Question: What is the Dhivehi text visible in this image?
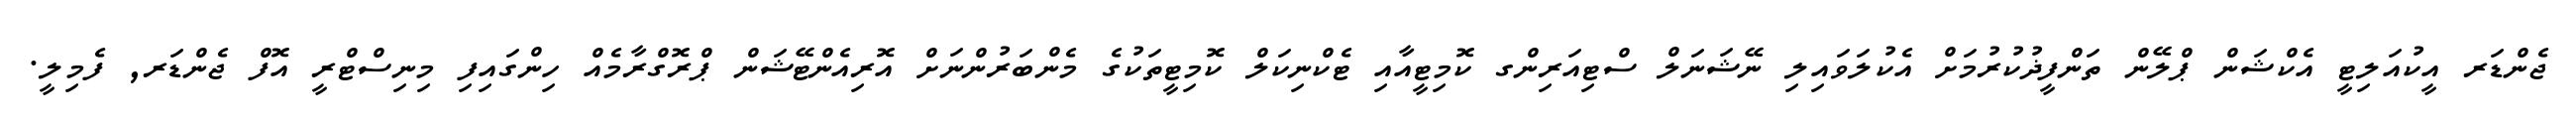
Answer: ޖެންޑަރ އީކުއަލިޓީ އެކްޝަން ޕްލޭން ތަންފީޛުކުރުމަށް އެކުލަވައިލި ނޭޝަނަލް ސްޓިއަރިންގ ކޮމިޓީއާއި ޓެކްނިކަލް ކޮމިޓީތަކުގެ މެންބަރުންނަށް އޮރިއެންޓޭޝަން ޕްރޮގްރާމެއް ހިންގައިފި މިނިސްޓްރީ އޮފް ޖެންޑަރ, ފެމިލީ.